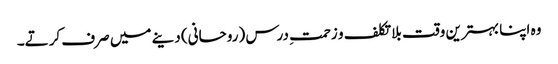
وہ اپنا بہترین وقت بلا تکلف و زحمتِ درس (روحانی) دینے میں صرف کرتے۔